Rangoon Lunatic Asylum 1898-1906 - 1898-1906
Year: 1898
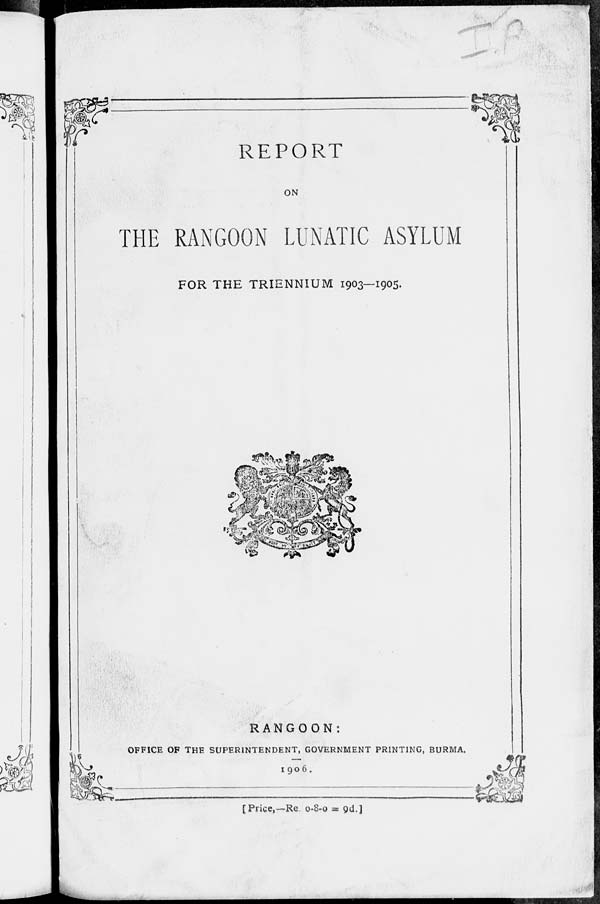
REPORT
ON
THE RANGOON LUNATIC ASYLUM
FOR THE TRIENNIUM 1903—1905.
RANGOON:
OFFICE OF THE SUPERINTENDENT, GOVERNMENT PRINTING, BURMA.
1906.
[Price,—Re. 0-8-0 = 9d.]